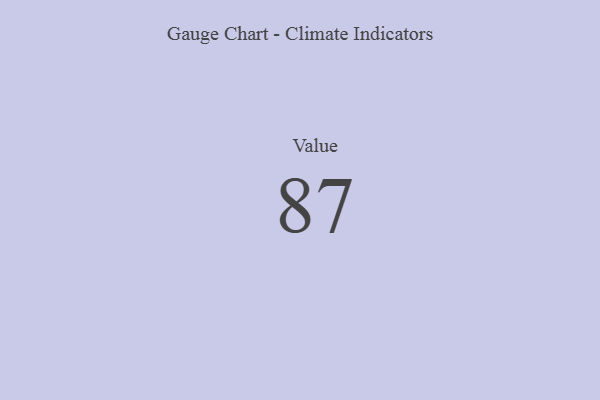
{"axis": {"x": "Metric", "y": "Value"}, "legend": [""], "data": [{"x": "Value", "y": 87, "type": ""}]}